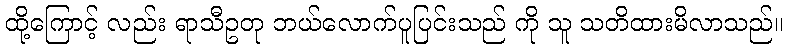
ထို့ကြောင့် လည်း ရာသီဥတု ဘယ်လောက်ပူပြင်းသည် ကို သူ သတိထားမိလာသည်။